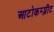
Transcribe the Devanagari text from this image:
आटोकम्प्लीट